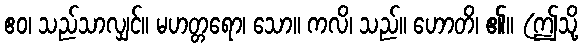
ဧဝ၊ သည်သာလျှင်။ မဟတ္တရော၊ သော။ ကလိ၊ သည်။ ဟောတိ၊ ၏။ (ဤသို့